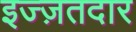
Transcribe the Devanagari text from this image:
इज्ज़तदार